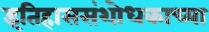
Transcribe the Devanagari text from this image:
इतिहाससंशोधकाच्या